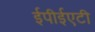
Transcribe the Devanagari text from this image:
ईपीईएटी